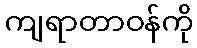
ကျရာတာဝန်ကို